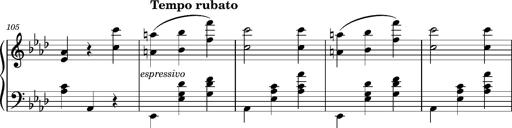
Title: Petite valse favorite
Composer: Franz Liszt
Key: A-flat major